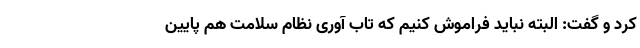
کرد و گفت: البته نباید فراموش کنیم که تاب آوری نظام سلامت هم پایین